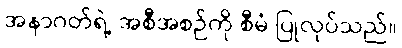
အနာဂတ်ရဲ့ အစီအစဉ်ကို စီမံ ပြုလုပ်သည်။